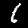
Digit: 1